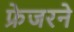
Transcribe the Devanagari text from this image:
फ्रेजरने